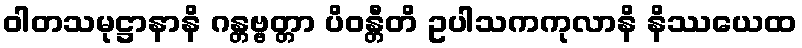
ဝါတသမုဋ္ဌာနာနိ ဂန္တဗ္ဗတ္တာ ပိဝန္တီတိ ဥပါသကကုလာနိ နိဿယေထ